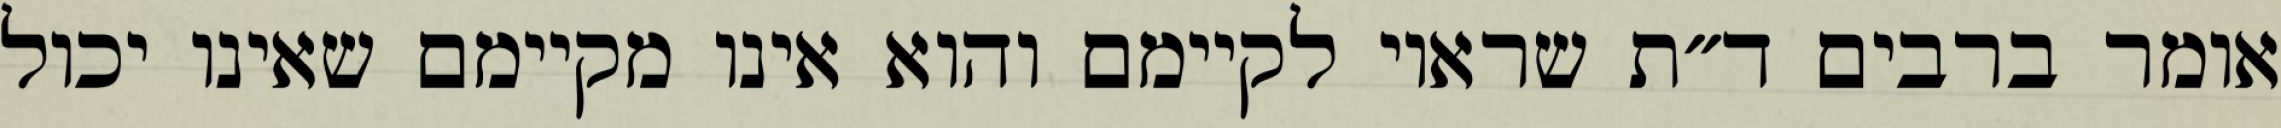
אומר ברבים ד״ת שראוי לקיימם והוא אינו מקיימם שאינו יכול